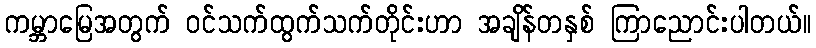
ကမ္ဘာမြေအတွက် ဝင်သက်ထွက်သက်တိုင်းဟာ အချိန်တနှစ် ကြာညောင်းပါတယ်။